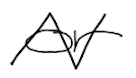
Text: or
Cross-out: zig-zag
Writing tool: digital_black